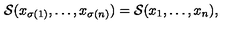
{ \cal S } ( x _ { \sigma ( 1 ) } , \dots , x _ { \sigma ( n ) } ) = { \cal S } ( x _ { 1 } , \dots , x _ { n } ) ,